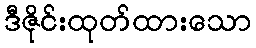
ဒီဇိုင်းထုတ်ထားသော